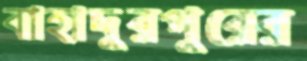
বাহাদুরপুরের